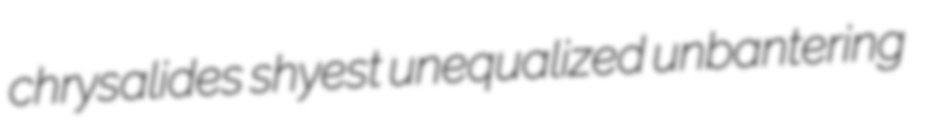
chrysalides shyest unequalized unbantering